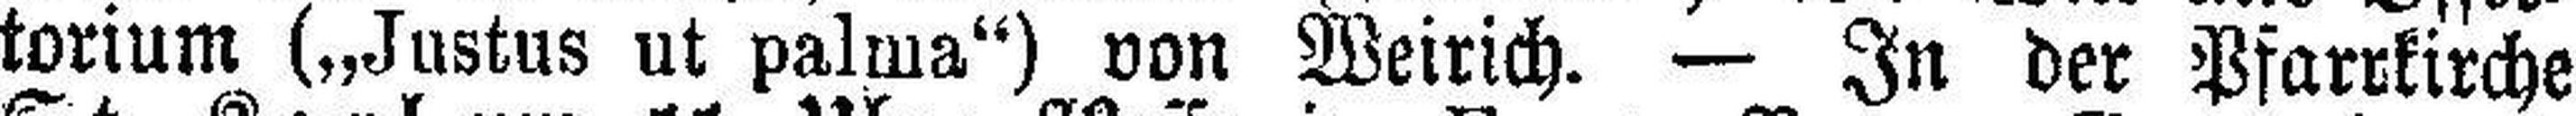
torium („Justus ut palma“) von Weirich. — In der Pfarrkirche